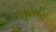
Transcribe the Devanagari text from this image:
शूरसेनो